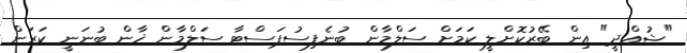
"ޝުއްދީ" އިން ބޭރުކޮށްލީ ކަމަށް ސަލްމާން ބުނެފިސުޕަސްޓާ ސަލްމާން ޚާން ބުނަނީ ކަރަން